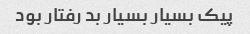
پیک بسیار بسیار بد رفتار بود